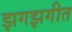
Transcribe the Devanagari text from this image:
झगझगीत